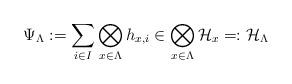
LaTeX: \begin{align*}\Psi_{\Lambda} :=\sum_{i\in I} \bigotimes_{x\in \Lambda} h_{x, i}\in\bigotimes_{x\in \Lambda}\mathcal{H}_{x}=:\mathcal{H}_{\Lambda}\end{align*}